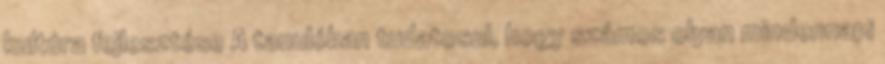
kultúra fejlesztése A tanulóban tudatosul, hogy számos olyan mindennapi